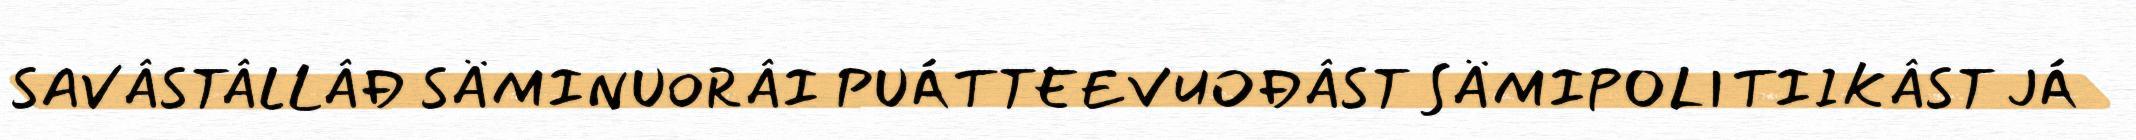
SAVÂSTÂLLÂĐ SÄMINUORÂI PUÁTTEEVUOĐÂST SÄMIPOLITIIKÂST JÁ